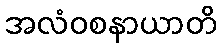
အလံဝစနာယာတိ